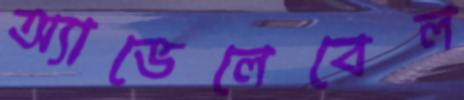
অ্যাভেলেবেল